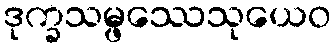
ဒုက္ခသမ္ဖဿေသုယေဝ